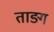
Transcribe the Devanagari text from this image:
ताङ्ग